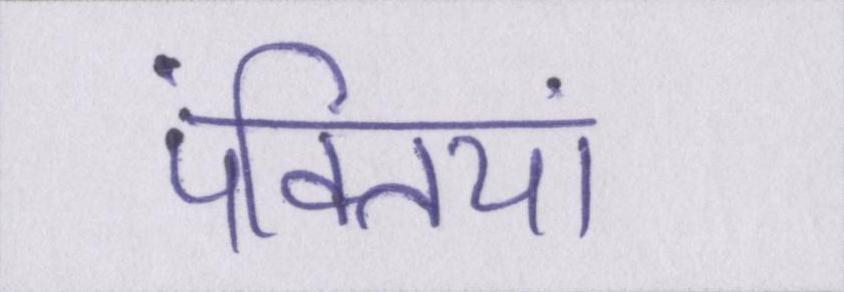
पंक्तियां